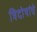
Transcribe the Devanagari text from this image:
त्रिदोषांचे